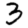
Digit: 3